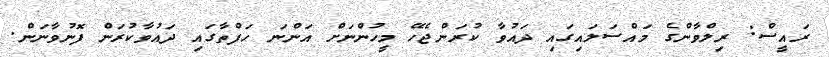
ރައީސް: ރިލްވާންގެ މައްސަލައިގައި ދައުވާ ކުރަންޖެހޭ މީހުންނަށް އަންނަ ހަފްތާގައި ދައުވާކުރަން ފޮނުވާނަން.